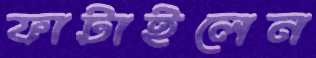
ফাটাইলেন